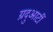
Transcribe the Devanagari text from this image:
ग्रदुआटीं